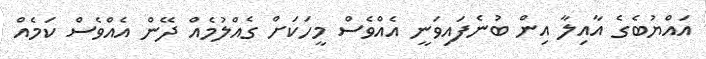
އައްޔުބެގެ އާއިލާ އިން ބުނެފައިވަނީ އެއްވެސް މީހަކަށް ގެއްލުމެއް ދޭން އެއްވެސް ކަމެއް